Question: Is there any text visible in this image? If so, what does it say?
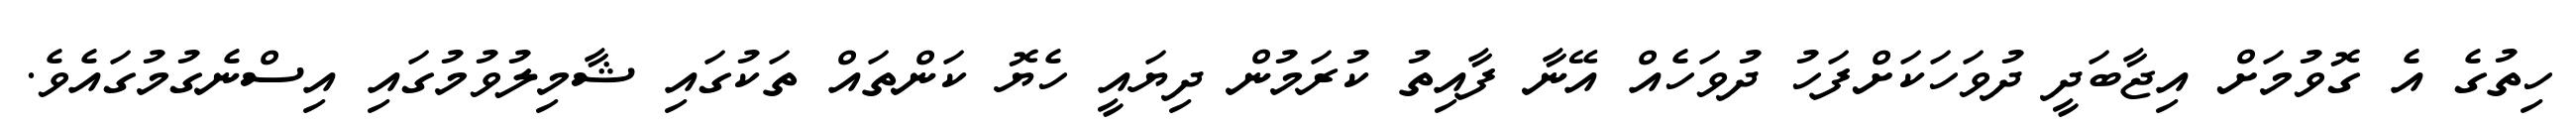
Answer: ހިތުގެ އެ ގޮވުމަށް އިޖާބަދީ ދުވަހަކަށްފަހު ދުވަހެއް އޭނާ ފާއިތު ކުރަމުން ދިޔައީ ހެޔޮ ކަންތައް ތަކުގައި ޝާމިލުވުމުގައި އިސްނެގުމުގައެވެ.